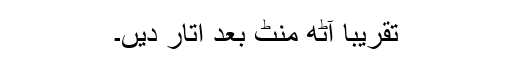
تقریباً آٹھ منٹ بعد اتار دیں۔